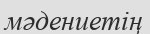
мәдениетің